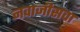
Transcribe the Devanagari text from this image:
नवाजीसवा